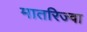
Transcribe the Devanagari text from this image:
मातरिज्वा